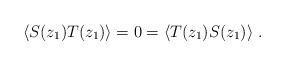
LaTeX: \begin{align*}\langle S(z_1)T(z_1)\rangle = 0 = \langle T(z_1) S(z_1)\rangle\ .\end{align*}